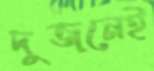
দুজনেই